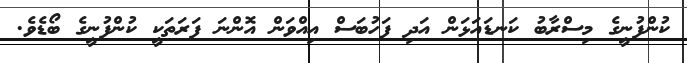
ކުންފުނީގެ މިސްރާބު ކަނޑައަޅަން އަދި ފަހުބަސް އިއްވަން އޮންނަ ފަރަތަކީ ކުންފުނީގެ ބޯޑެވެ.